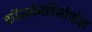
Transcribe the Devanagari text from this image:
कॉन्स्टेनटिनोपोल